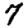
Digit: 7